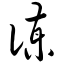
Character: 谏